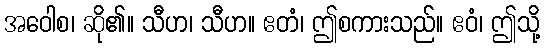
အဝေါစ၊ ဆို၏။ သီဟ၊ သီဟ။ ဧတံ၊ ဤစကားသည်။ ဧဝံ၊ ဤသို့